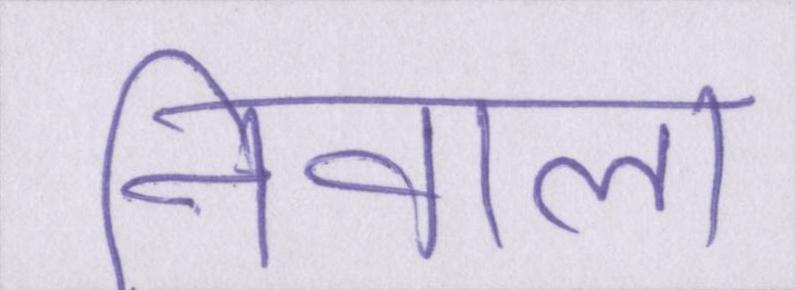
निवाला